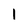
Character: 1